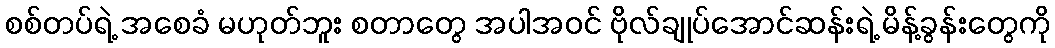
စစ်တပ်ရဲ့ အစေခံ မဟုတ်ဘူး စတာတွေ အပါအဝင် ဗိုလ်ချုပ်အောင်ဆန်းရဲ့ မိန့်ခွန်းတွေကို